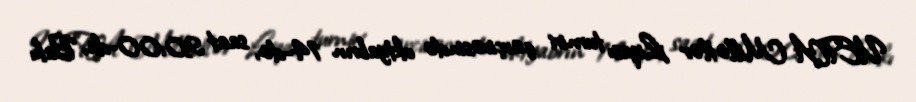
UEFA Millətlər Liqası turniri çərçivəsində oktyabrın 14-də, saat 20:00-da, Bakı